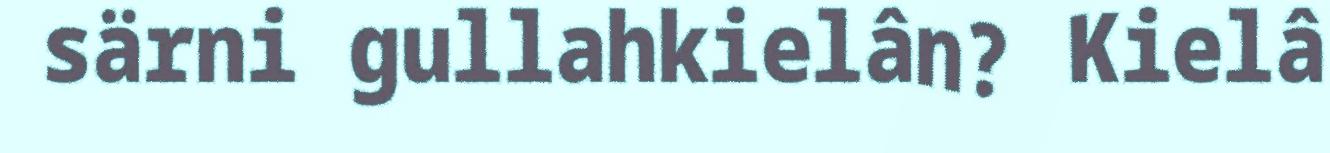
särni gullahkielân? Kielâ